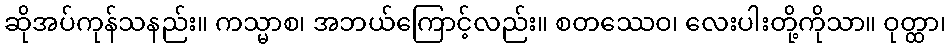
ဆိုအပ်ကုန်သနည်း။ ကသ္မာစ၊ အဘယ်ကြောင့်လည်း။ စတဿေဝ၊ လေးပါးတို့ကိုသာ။ ဝုတ္ထာ၊